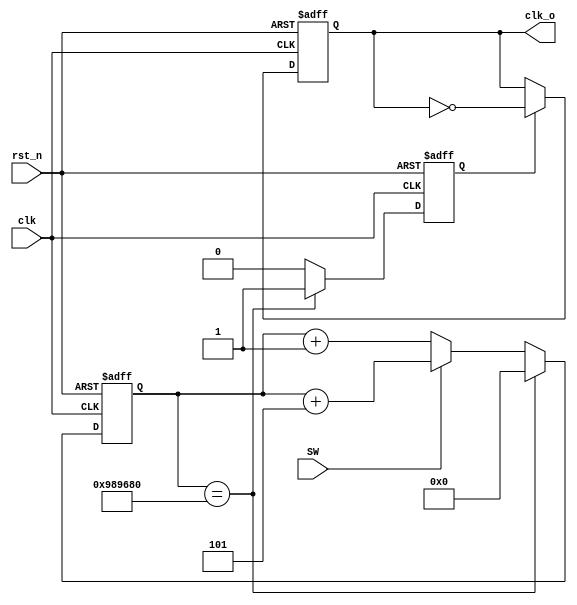
module clock_divider (clk, rst_n, clk_o, SW);

parameter DIV_CONST      = 10000000;

input clk;
input rst_n;
// New Input
input SW;

output reg clk_o;

reg [31:0] div;
reg en;

always @ (posedge clk or negedge rst_n)
begin
	if (!rst_n)
	begin
		div <= 0;
		en <= 0;
	end	
	else
	begin
		if (div == DIV_CONST)
		begin
			div <= 0;
			en <= 1;
		end
		else
		begin
			// New Additions
			if (SW)
			begin
			div <= div + 5;
			end
			else
			begin
			div <= div + 1;
			end
			en <= 0;
		end
	end
end

always @ (posedge clk or negedge rst_n)
begin
if (!rst_n)
begin
	clk_o <= 1'b0;
end
else if (en)
	clk_o <= ~clk_o;
end

endmodule